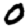
Digit: 0